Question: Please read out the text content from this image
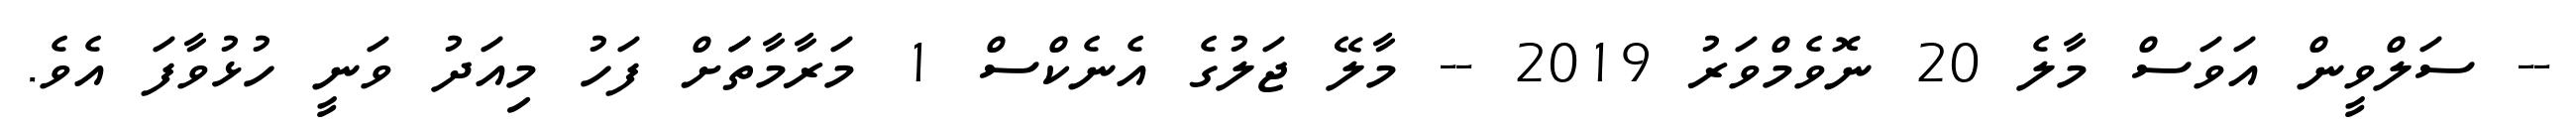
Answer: -- ސަލްވީން އަވަސް މާލެ 20 ނޮވެމްވަރު 2019 -- މާލޭ ޖަލުގެ އެނެކްސް 1 މަރާމާތަަށް ފަހު މިއަދު ވަނީ ހުޅުވާފަ އެވެ.